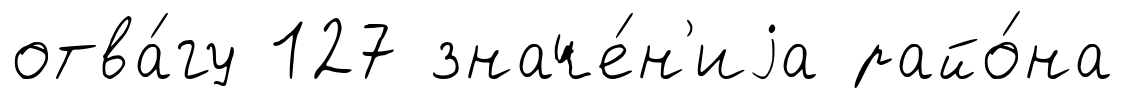
отва́гу 127 значе́н'иjа райо́на